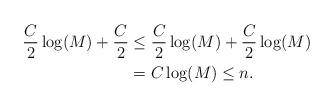
LaTeX: \begin{align*} \frac{C}{2} \log(M)+ \frac{C}{2} &\le \frac{C}{2} \log(M)+ \frac{C}{2}\log(M)\\ &= C\log(M) \le n. \end{align*}